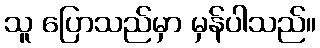
သူ ပြောသည်မှာ မှန်ပါသည်။